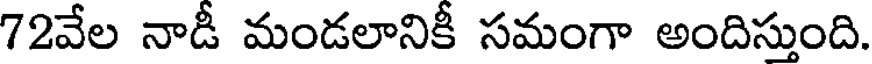
72వేల నాడీ మండలానికీ సమంగా అందిస్తుంది.